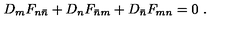
D _ { m } F _ { n \bar { n } } + D _ { n } F _ { \bar { n } m } + D _ { \bar { n } } F _ { m n } = 0 \ .